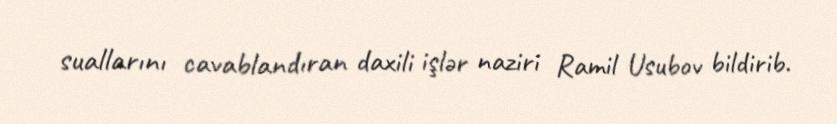
suallarını cavablandıran daxili işlər naziri Ramil Usubov bildirib.